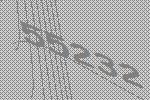
55232